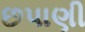
છપાણી